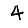
Digit: 4